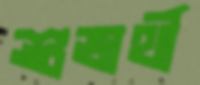
শুভার্থী